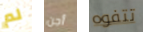
لم أجن تتفوه